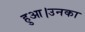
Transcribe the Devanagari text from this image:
हुआ।उनका